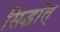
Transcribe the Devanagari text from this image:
सिद्धांत्‌